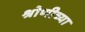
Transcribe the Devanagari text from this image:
श्रोणीच्या